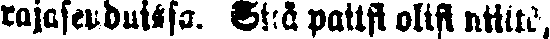
rajaseuduista. Sitä paitsi olisi niiltä,